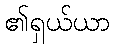
၏ရှယ်ယာ